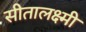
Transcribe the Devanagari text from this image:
सीतालक्ष्मी